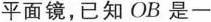
平面镜，已知OB是一